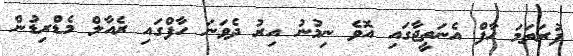
ފުރަތަމަ ހާފް އެނަތީޖާގައި އޮވެ ނިމުނު އިރު ދެވަނަ ހާފްގައި ރެއާލް މެޑްރިޑުން